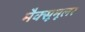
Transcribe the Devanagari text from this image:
मैक्सूमूलर